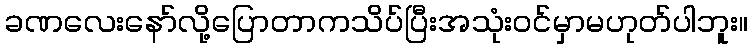
ခဏလေးနော်လို့ပြောတာကသိပ်ပြီးအသုံးဝင်မှာမဟုတ်ပါဘူး။